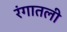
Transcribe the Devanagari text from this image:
रंगातली